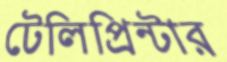
টেলিপ্রিন্টার